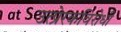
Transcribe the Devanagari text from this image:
उत्प्रेरकविरोधी